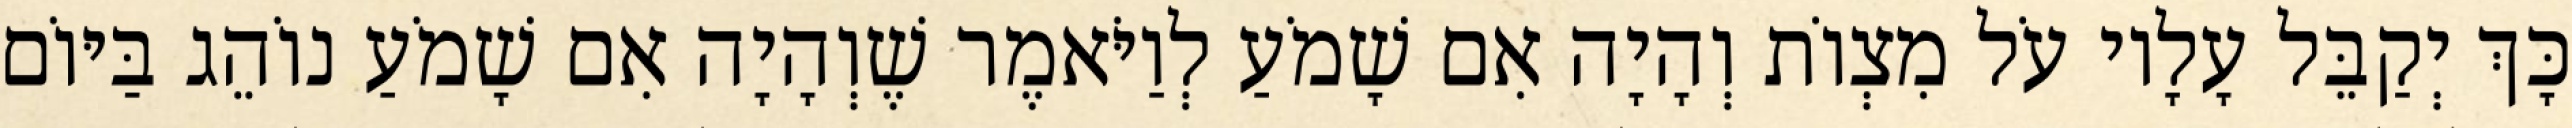
כָּךְ יְקַבֵּל עָלָיו עֹל מִצְוֹת וְהָיָה אִם שָׁמֹעַ לְוַיֹּאמֶר שֶׁוְהָיָה אִם שָׁמֹעַ נוֹהֵג בַּיּוֹם